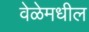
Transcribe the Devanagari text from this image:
वेळेमधील